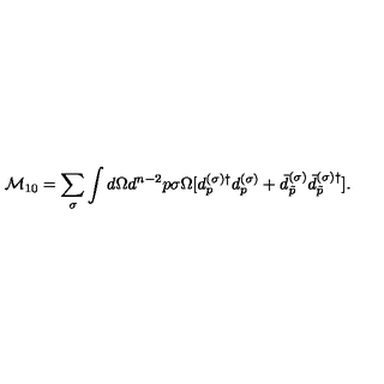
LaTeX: { \cal M } _ { 1 0 } = \sum _ { \sigma } \int d \Omega d ^ { n - 2 } p \sigma \Omega [ d _ { p } ^ { ( \sigma ) \dagger } d _ { p } ^ { ( \sigma ) } + \bar { d } _ { \tilde { p } } ^ { ( \sigma ) } \bar { d } _ { \tilde { p } } ^ { ( \sigma ) \dagger } ] { . }